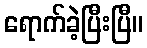
ရောက်ခဲ့ပြီးပြီ။